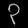
Digit: ၃